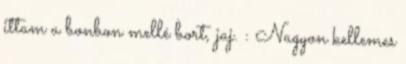
ittam a bonbon mellé bort, jaj. : Nagyon kellemes